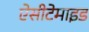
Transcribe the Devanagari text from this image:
ऐसीटेमाइड